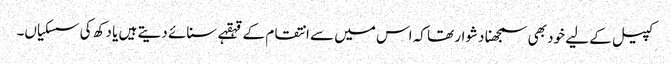
کپیل کے لیے خود بھی سمجھنا دشوار تھا کہ اس میں سے انتقام کے قہقہے سنائے دیتے ہیں یا دکھ کی سسکیاں۔